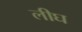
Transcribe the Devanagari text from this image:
लीघ